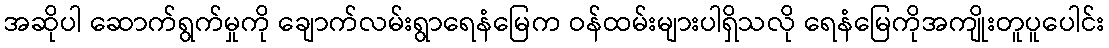
အဆိုပါ ဆောက်ရွက်မှုကို ချောက်လမ်းရွာရေနံမြေက ဝန်ထမ်းများပါရှိသလို ရေနံမြေကိုအကျိုးတူပူပေါင်း